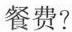
餐费?